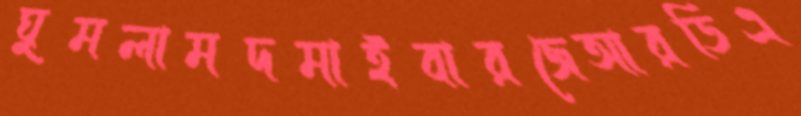
ঘুমলামদমাইবারজেআরডিএ